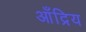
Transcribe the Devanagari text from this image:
आँद्रिय